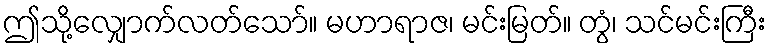
ဤသို့လျှောက်လတ်သော်။ မဟာရာဇ၊ မင်းမြတ်။ တွံ၊ သင်မင်းကြီး